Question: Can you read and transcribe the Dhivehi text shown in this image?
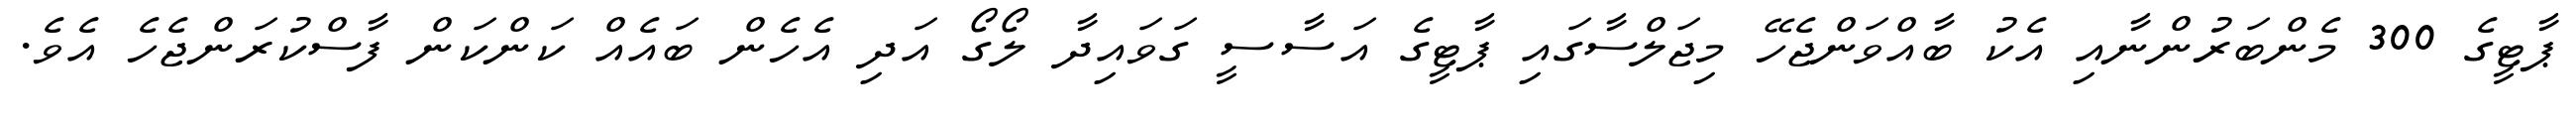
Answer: ޕާޓީގެ 300 މެންބަރުންނާއި އެކު ބާއްވަންޖެހޭ މިޖަލްސާގައި ޕާޓީގެ އަސާސީ ގަވައިދާ ލޯގޯ އަދި އެހެން ބައެއް ކަންކަން ފާސްކުރަންޖެހެ އެވެ.